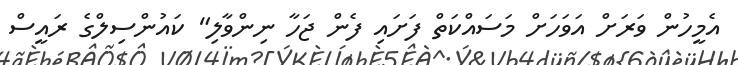
އެމީހުން ވަރަށް އަވަހަށް މަސައްކަތް ފަށައި ފެން ޖަހާ ނިންވާލި" ކައުންސިލްގެ ރައީސް